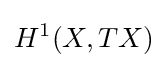
H^{1}(X,TX)